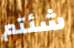
شئتم